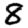
Digit: 8